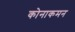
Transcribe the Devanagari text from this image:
कोनाकमन